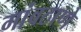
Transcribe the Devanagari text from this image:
गांवठाणे